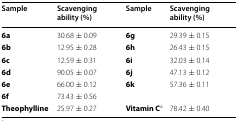
<table><thead><tr><td><b>Sample</b></td><td><b>Scavenging ability (%)</b></td><td><b>Sample</b></td><td><b>Scavenging ability (%)</b></td></tr></thead><tbody><tr><td><b>6a</b></td><td>30.68 ± 0.09</td><td><b>6g</b></td><td>29.39 ± 0.15</td></tr><tr><td><b>6b</b></td><td>12.95 ± 0.28</td><td><b>6h</b></td><td>26.43 ± 0.15</td></tr><tr><td><b>6c</b></td><td>12.59 ± 0.31</td><td><b>6i</b></td><td>32.03 ± 0.14</td></tr><tr><td><b>6d</b></td><td>90.05 ± 0.07</td><td><b>6j</b></td><td>47.13 ± 0.12</td></tr><tr><td><b>6e</b></td><td>66.00 ± 0.12</td><td><b>6k</b></td><td>57.36 ± 0.11</td></tr><tr><td><b>6f</b></td><td>73.43 ± 0.56</td><td></td><td></td></tr><tr><td><b>Theophylline</b></td><td>25.97 ± 0.27</td><td><b>Vitamin C</b><sup>a</sup></td><td>78.42 ± 0.40</td></tr></tbody></table>